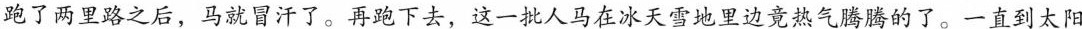
跑了两里路之后，马就冒汗了。再跑下去，这一批人马在冰天雪地里边竟热气腾腾的了。一直到太阳